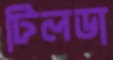
টিলডা